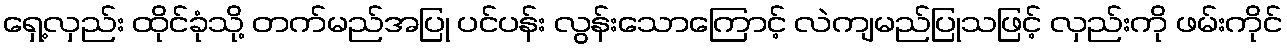
ရှေ့လှည်း ထိုင်ခုံသို့ တက်မည်အပြု ပင်ပန်း လွန်းသောကြောင့် လဲကျမည်ပြုသဖြင့် လှည်းကို ဖမ်းကိုင်